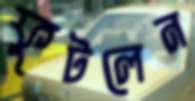
ফুটলেন